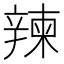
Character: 𨐤